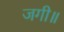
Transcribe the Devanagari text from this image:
जगी॥